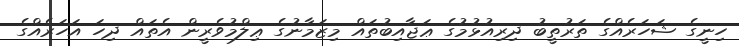
ހިނީގެ ޝަހަރެއްގެ ތަރުތީބު ދިރިއުޅުމުގެ ޢަޖާއިބުތައް މިޒަމާނުގެ ޢިލްމުވެރީން އެތައް ދިހަ އަހަރެއްގެ